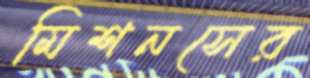
মিশনসের